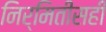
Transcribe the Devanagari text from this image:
निर्मितीसही